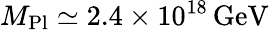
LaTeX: M_{\mathrm{Pl}}\simeq 2.4\times 10^{18}\, \mathrm{GeV}